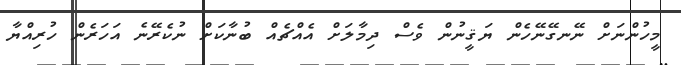
މީހުންނަށް ނޭނގޭނޭހެން ޔަޤީނުން ވެސް ދިމާލަށް އެއްޗެއް ބުނާކަށް ނުކެރޭނެ އަހަރެން ހުރިއްޔާ